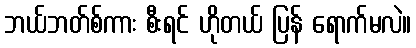
ဘယ်ဘတ်စ်ကား စီးရင် ဟိုတယ် ပြန် ရောက်မလဲ။